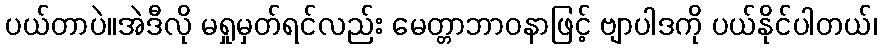
ပယ်တာပဲ။အဲဒီလို မရှုမှတ်ရင်လည်း မေတ္တာဘာဝနာဖြင့် ဗျာပါဒကို ပယ်နိုင်ပါတယ်၊